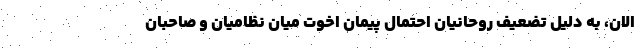
الان، به دلیل تضعیف روحانیان احتمال پیمان اخوت میان نظامیان و صاحبان